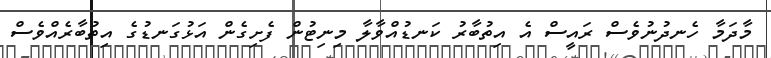
މާދަމާ ހެނދުނުވެސް ރައީސް އެ އިތުބާރު ކަނޑުއްވާލާ މިނިޓުން ފެށިގެން އަޅުގަނޑުގެ އިތުބާރެއްވެސް